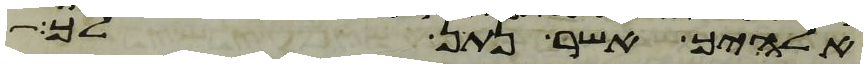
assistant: אלהיך אשר נתן לך